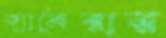
ক্যামেরার